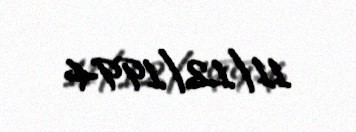
11/12/1994